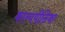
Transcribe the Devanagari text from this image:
काव्यपीठिका